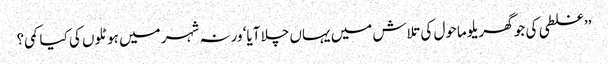
’’غلطی کی جو گھریلو ماحول کی تلاش میں یہاں چلا آیا‘ ورنہ شہر میں ہوٹلوں کی کیا کمی؟